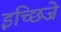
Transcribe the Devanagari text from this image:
इच्छिजे